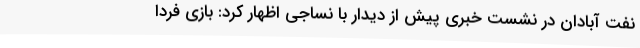
نفت آبادان در نشست خبری پیش از دیدار با نساجی اظهار کرد: بازی فردا